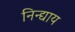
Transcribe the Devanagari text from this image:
निन्द्याय